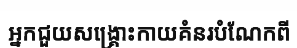
អ្នកជួយសង្គ្រោះកាយគំនរបំណែកពី